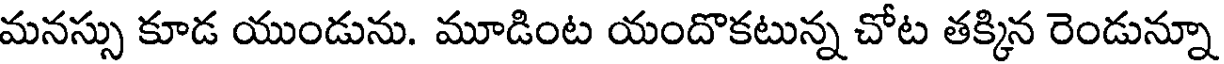
మనస్సు కూడ యుండును. మూడింట యందొకటున్న చోట తక్కిన రెండున్నూ